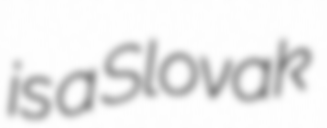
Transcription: is a Slovak